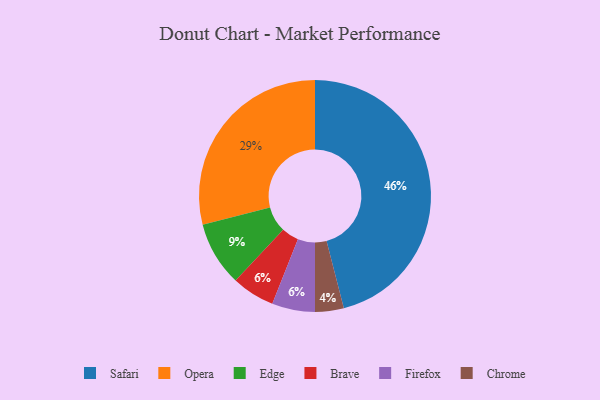
{"axis": {"x": "Category", "y": "Percentage"}, "legend": ["Brave", "Chrome", "Edge", "Firefox", "Opera", "Safari"], "data": [{"x": "Safari", "y": 46, "type": "Safari"}, {"x": "Brave", "y": 6, "type": "Brave"}, {"x": "Firefox", "y": 6, "type": "Firefox"}, {"x": "Edge", "y": 9, "type": "Edge"}, {"x": "Opera", "y": 29, "type": "Opera"}, {"x": "Chrome", "y": 4, "type": "Chrome"}]}